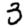
Digit: 3